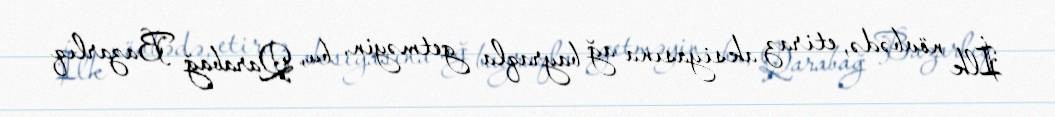
İlk növbədə, etiraz aksiyasına ağ bayraqla getməyin, bu, Qarabağ Bazarlıq